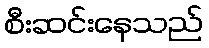
စီးဆင်းနေသည်